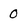
Character: 0